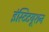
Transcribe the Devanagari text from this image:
इंस्टिटयूशन